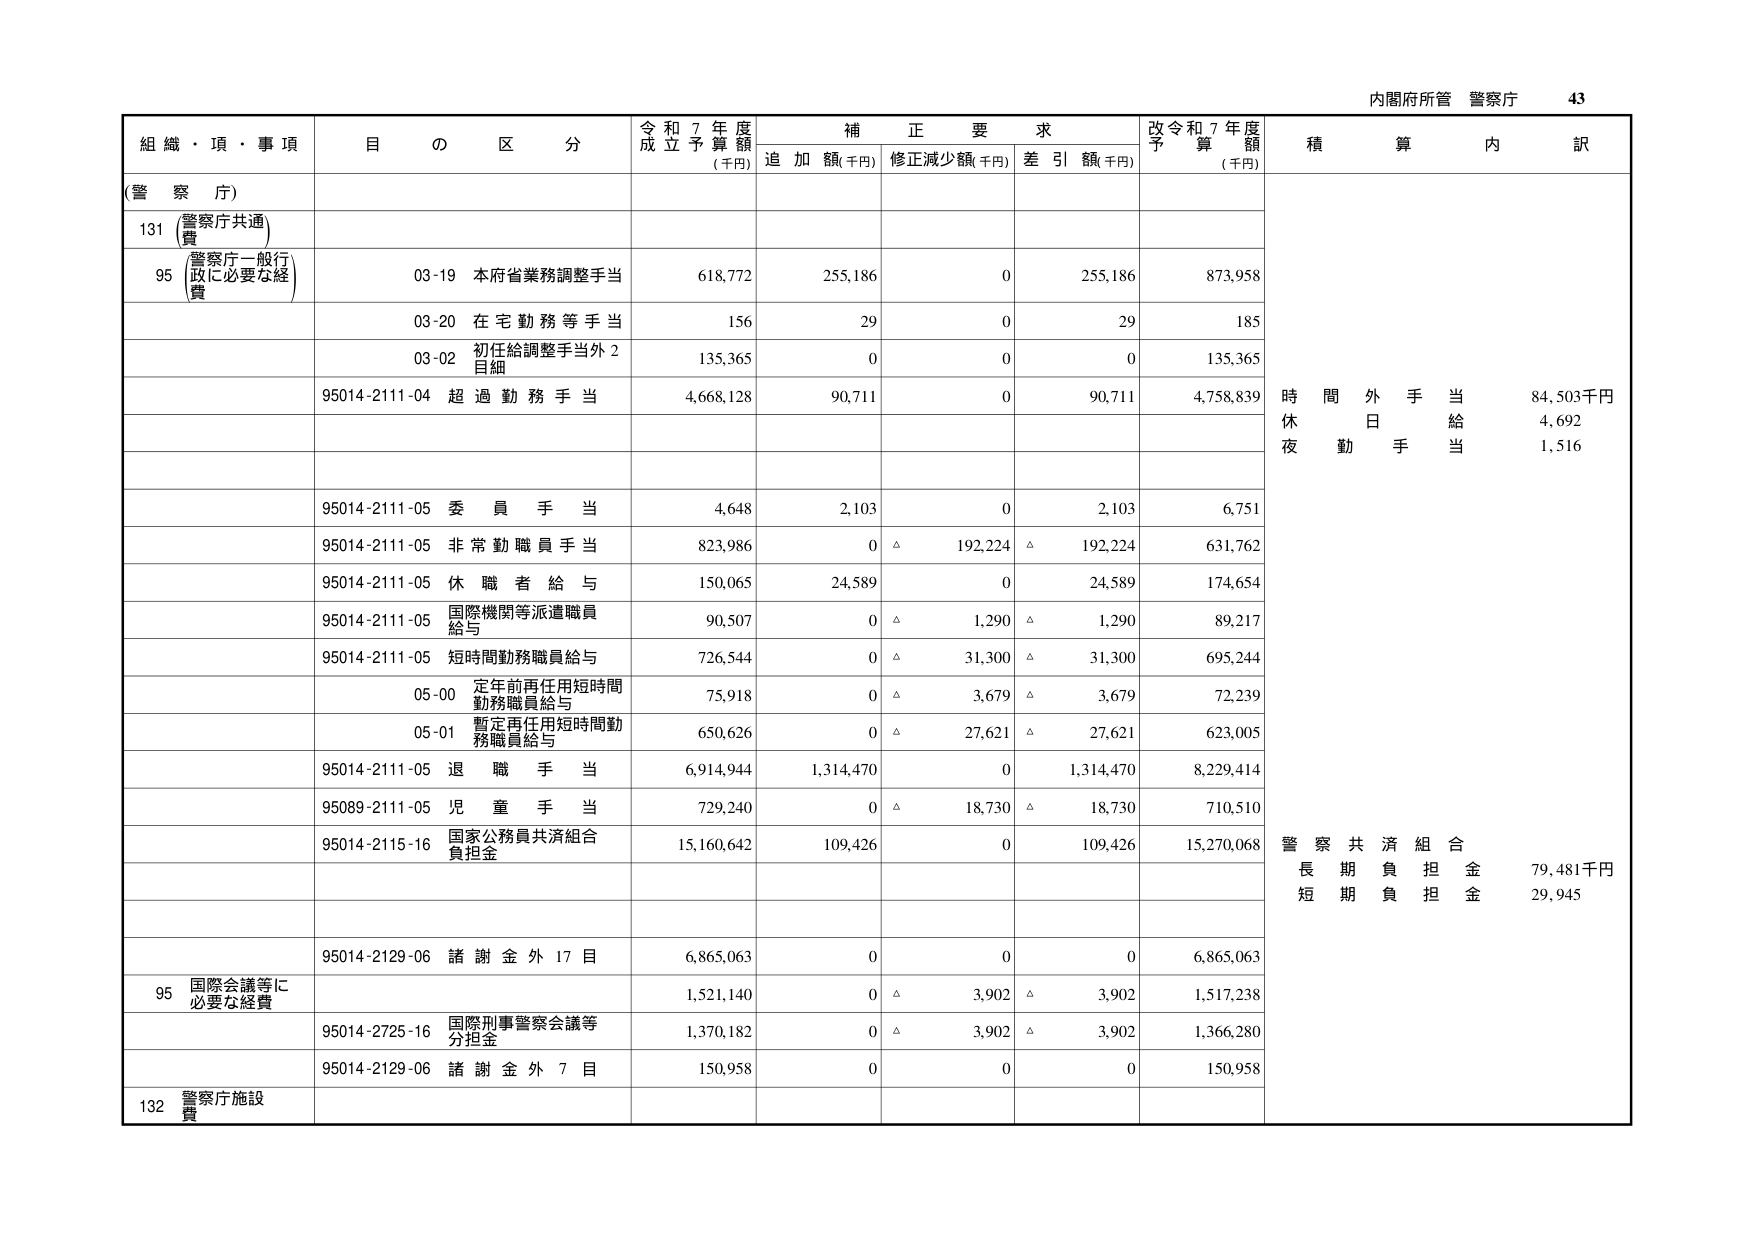
内閣府所管 警察庁 43

組織・項・事項 目の区分 令和7年度成立予算額(千円) 補正要求 追加額(千円) 修正減少額(千円) 差引額(千円) 改令和7年度予算額(千円) 積算内訳

(警察庁)

131 (警察庁共通費)

95 (警察庁一般行政に必要な経費)

03-19 本府省業務調整手当 618,772 255,186 0 255,186 873,958

03-20 在宅勤務等手当 156 29 0 29 185

03-02 初任給調整手当外2目細 135,365 0 0 0 135,365

95014-2111-04 超過勤務手当 4,668,128 90,711 0 90,711 4,758,839 時間外手当 84,503千円 休日給 4,692 夜勤手当 1,516

95014-2111-05 委員手当 4,648 2,103 0 2,103 6,751

95014-2111-05 非常勤職員手当 823,986 0 △ 192,224 △ 192,224 631,762

95014-2111-05 休職者給与 150,065 24,589 0 24,589 174,654

95014-2111-05 国際機関等派遣職員給与 90,507 0 △ 1,290 △ 1,290 89,217

95014-2111-05 短時間勤務職員給与 726,544 0 △ 31,300 △ 31,300 695,244

05-00 定年前再任用短時間勤務職員給与 75,918 0 △ 3,679 △ 3,679 72,239

05-01 暫定再任用短時間勤務職員給与 650,626 0 △ 27,621 △ 27,621 623,005

95014-2111-05 退職手当 6,914,944 1,314,470 0 1,314,470 8,229,414

95089-2111-05 児童手当 729,240 0 △ 18,730 △ 18,730 710,510

95014-2115-16 国家公務員共済組合負担金 15,160,642 109,426 0 109,426 15,270,068 警察共済組合 長期負担金 79,481千円 短期負担金 29,945

95014-2129-06 諸謝金外17目 6,865,063 0 0 0 6,865,063

95 国際会議等に必要な経費 1,521,140 0 △ 3,902 △ 3,902 1,517,238

95014-2725-16 国際刑事警察会議等分担金 1,370,182 0 △ 3,902 △ 3,902 1,366,280

95014-2129-06 諸謝金外7目 150,958 0 0 0 150,958

132 警察庁施設費